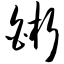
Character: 皙